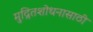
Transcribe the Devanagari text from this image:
मुद्रितशोधनासाठी